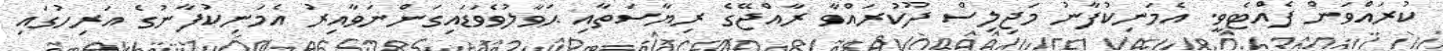
ކުރައްވަން ފެއްޓެވީ. އެމަނިކުފާނު މަޖިލިސް ދޫކުރައްވާ ރާއްޖޭގެ ރިޔާސަތާއި ޙަވާލުވެވަޑައިގަންނަވާއިރު އެމަނިކުފާނުގެ އަރިހުގައި